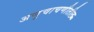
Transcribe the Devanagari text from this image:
अणुचाचणीतील